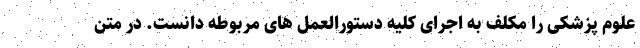
علوم پزشکی را مکلف به اجرای کلیه دستورالعمل های مربوطه دانست. در متن